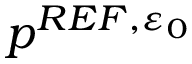
p ^ { R E F , { \varepsilon _ { 0 } } }